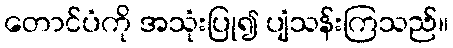
တောင်ပံကို အသုံးပြု၍ ပျံသန်းကြသည်။